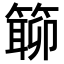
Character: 𥲊